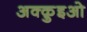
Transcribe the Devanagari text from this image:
अक्क़ुइओ